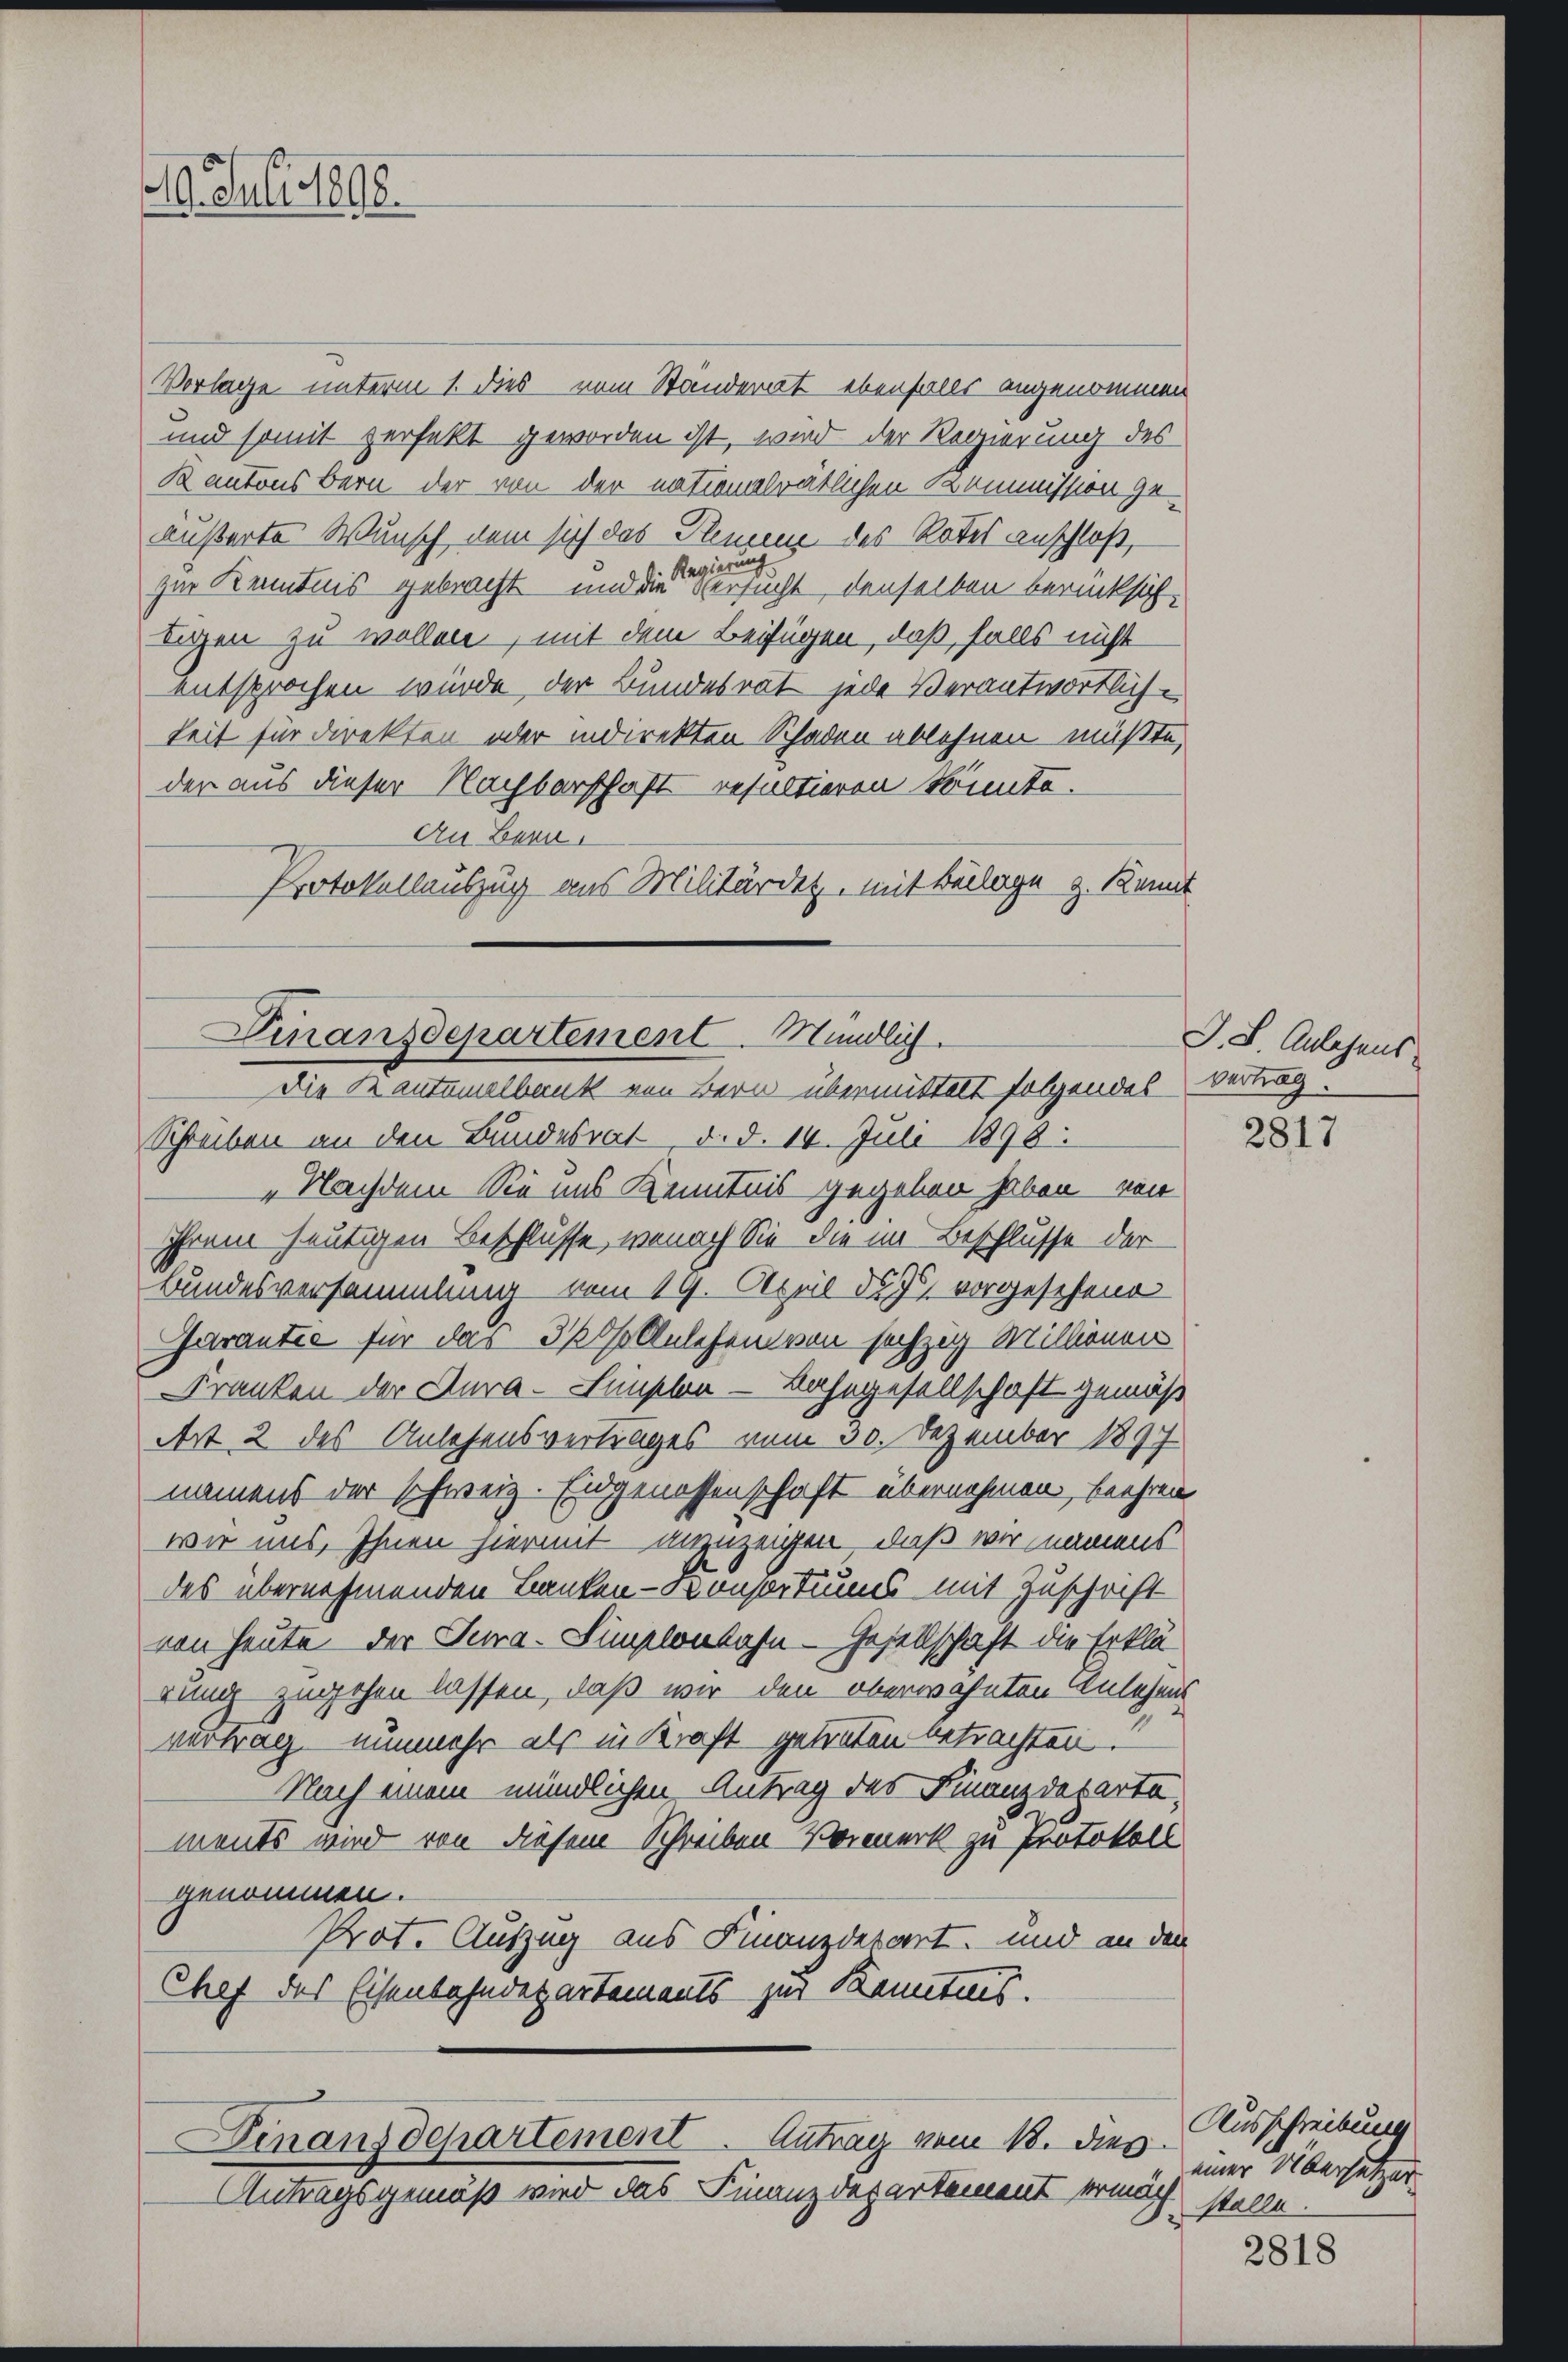
19. Juli 1898.

Vorlage unterm 1. dies vom Ständerat ebenfalls angenommen
und somit zerfekt geworden ist, wird der Regierung des
Kantons Bern der von der nationalrätlichen Kommission ge-
äußerte Wunsch dem sich das Plenen des Rates anschloß,
zur Kenntnis gebracht und die ersucht, denselben berücksichlegen zu wollen, mit dem Beifügen, daß, falls nicht
entsprochen würde der Bundesrat jede Verantwortlichkeit für direkten oder indirekten Schaden ablehnen müßte,
der aus dieser Nachbarschaft resultieren könnte.
An Bern.
Protokollauszug aus Militärdet, mit Beilage z. Kennt

Dinanzdepartement. Mündlich.
Die Kantonalbank von Bern übermittelt folgendes Vertrag

Schreiben an den Bundesrat, d. d. 14. Juli 1898:
„Nachdem Sie uns Kenntnis gegeben haben, von
Ihrem heutigen Beschlüsse, wonach Sie die im Beschlusse der
Bundesversammlung vom 19. April das vorgesehend
Garantie für das 3 telesen von sechzig Millionen
Franken der Aura-Linschen - Bahngesellschaft gemäß
Art, 2 des Anlehensvertrages vom 30. Dezember 1897
namens der schweiz. Eidgenossenschaft übernehmen, beehren
wir uns, Ihnen hiermit anzuzeigen, daß wir namens
des übernehmenden Banken-Consortiums mit Zuschrift
von heute der Jura-Simplonbahn - Gesellschaft die Erklärung zugehen lassen, daß wir den oberwähnten Anlehens
vertrag nunmehr als in Kraft getreten betrachten.
Nach einem mündlichen Antrag des Finanzdepartements wird von diesem Schreiben Vormerk zu Protokoll
genommen.
Prot. Auszug aus Finanzdepart, und an den
Chef des Eisenbahndepartements zur Kenntnis.

Finanzdepartement. Antrag vom 18. dies

Antragsgemäß wird das Finanzdepartement ermäch¬

J. J. Anlegens

2817

Ausschreibung
einer Übersetzer
stalle.

2818